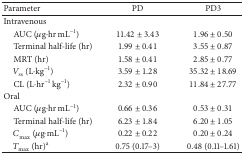
<table><thead><tr><td><b>Parameter</b></td><td><b>PD</b></td><td><b>PD3</b></td></tr></thead><tbody><tr><td>Intravenous</td><td> </td><td> </td></tr><tr><td> AUC (<i>μ</i>g·hr mL<sup>−1</sup>)</td><td>11.42 ± 3.43</td><td>1.96 ± 0.50</td></tr><tr><td> Terminal half-life (hr)</td><td>1.99 ± 0.41</td><td>3.55 ± 0.87</td></tr><tr><td> MRT (hr)</td><td>1.58 ± 0.41</td><td>2.85 ± 0.77</td></tr><tr><td> <i>V</i><sub>ss</sub> (L·kg<sup>−1</sup>)</td><td>3.59 ± 1.28</td><td>35.32 ± 18.69</td></tr><tr><td> CL (L·hr<sup>−1</sup> kg<sup>−1</sup>)</td><td>2.32 ± 0.90</td><td>11.84 ± 27.77</td></tr><tr><td>Oral</td><td> </td><td> </td></tr><tr><td> AUC (<i>μ</i>g·hr mL<sup>−1</sup>)</td><td>0.66 ± 0.36</td><td>0.53 ± 0.31</td></tr><tr><td> Terminal half-life (hr)</td><td>6.23 ± 1.84</td><td>6.20 ± 1.05</td></tr><tr><td> <i>C</i><sub>max⁡</sub> (<i>μ</i>g·mL<sup>−1</sup>)</td><td>0.22 ± 0.22</td><td>0.20 ± 0.24</td></tr><tr><td> <i>T</i><sub>max⁡</sub> (hr)<sup>a</sup></td><td>0.75 (0.17–3)</td><td>0.48 (0.11–1.61)</td></tr></tbody></table>